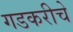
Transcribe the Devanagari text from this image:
गडकरीचे